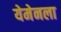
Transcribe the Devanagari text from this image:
येमेनला